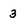
Character: 3